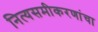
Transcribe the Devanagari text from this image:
नित्यसमीकरणांचा